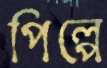
পিল্পে